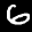
Label: 6